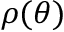
\rho ( \boldsymbol { \theta } )